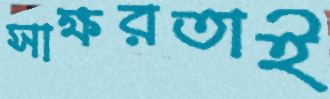
সাক্ষরতাই